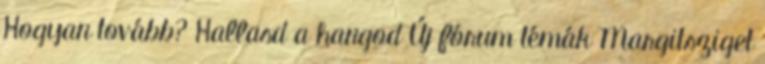
Hogyan tovább? Hallasd a hangod Új fórum témák Margitsziget